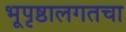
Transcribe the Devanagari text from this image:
भूपृष्ठालगतचा